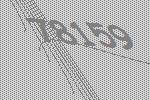
78159